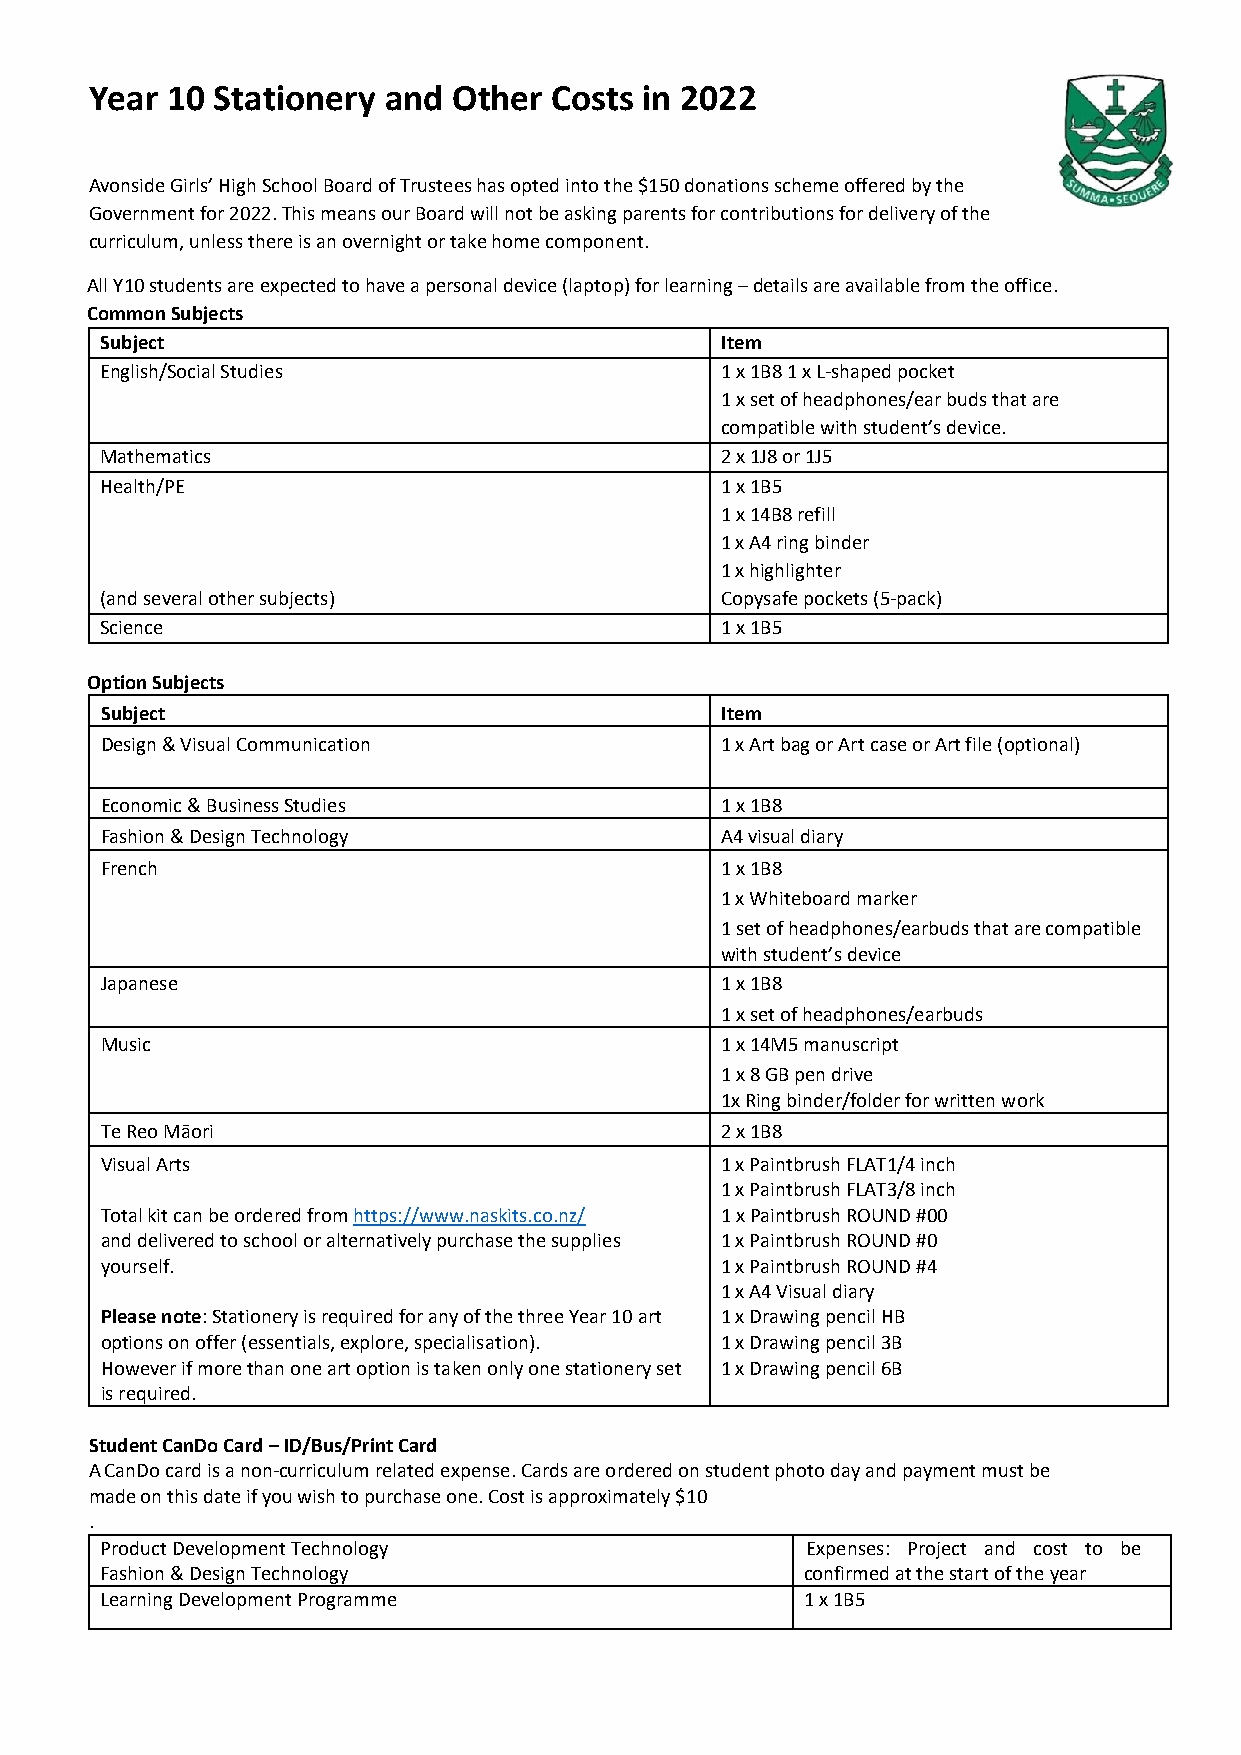
Year 10 Stationery and  Other Costs in 2022
 Avonside Girls’ High School Board of Trustees has opted into the $150 donations scheme offered by the
 Government for 2022. This means our Board will not be asking parents for contributions for delivery of the
 curriculum, unless there is an overnight or take home component.
 All Y10 students are expected to have a personal device (laptop) for learning – details are available from the office.
 Common Subjects
 Subject                                  Item
 English/Social Studies                   1 x 1B8 1 x L-shaped pocket
 1 x set of headphones/ear buds that are
 compatible with student’s device.
 Mathematics                              2 x 1J8 or 1J5
 Health/PE                                1 x 1B5
 1 x 14B8 refill
 1 x A4 ring binder
 1 x highlighter
 (and several other subjects)             Copysafe pockets (5-pack)
 Science                                  1 x 1B5
 Option Subjects
 Subject                                  Item
 Design & Visual Communication            1 x Art bag or Art case or Art file (optional)
 Economic & Business Studies              1 x 1B8
 Fashion & Design Technology              A4 visual diary
 French                                   1 x 1B8
 1 x Whiteboard marker
 1 set of headphones/earbuds that are compatible
 with student’s device
 Japanese                                 1 x 1B8
 1 x set of headphones/earbuds
 Music                                    1 x 14M5 manuscript
 1 x 8 GB pen drive
 1x Ring binder/folder for written work
 Te Reo Māori                             2 x 1B8
 Visual Arts                              1 x Paintbrush FLAT1/4 inch
 1 x Paintbrush FLAT3/8 inch
 Total kit can be ordered from https://www.naskits.co.nz/ 1 x Paintbrush ROUND #00
 and delivered to school or alternatively purchase the supplies 1 x Paintbrush ROUND #0
 yourself.                                1 x Paintbrush ROUND #4
 1 x A4 Visual diary
 Please note: Stationery is required for any of the three Year 10 art 1 x Drawing pencil HB
 options on offer (essentials, explore, specialisation). 1 x Drawing pencil 3B
 However if more than one art option is taken only one stationery set 1 x Drawing pencil 6B
 is required.
 Student CanDo Card – ID/Bus/Print Card
 A CanDo card is a non-curriculum related expense. Cards are ordered on student photo day and payment must be
 made on this date if you wish to purchase one. Cost is approximately $10
 .
 Product Development Technology                Expenses: Project and cost to be
 Fashion & Design Technology                   confirmed at the start of the year
 Learning Development Programme                1 x 1B5